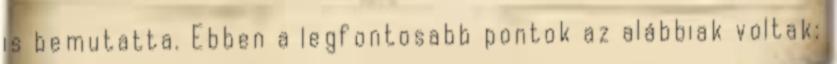
is bemutatta. Ebben a legfontosabb pontok az alábbiak voltak: